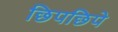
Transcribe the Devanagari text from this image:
छिपछिपे